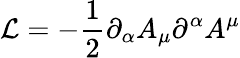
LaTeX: {\cal L}=-\frac{1}{2}\partial_{\alpha}A_{\mu}\partial^{\alpha}A^{\mu}